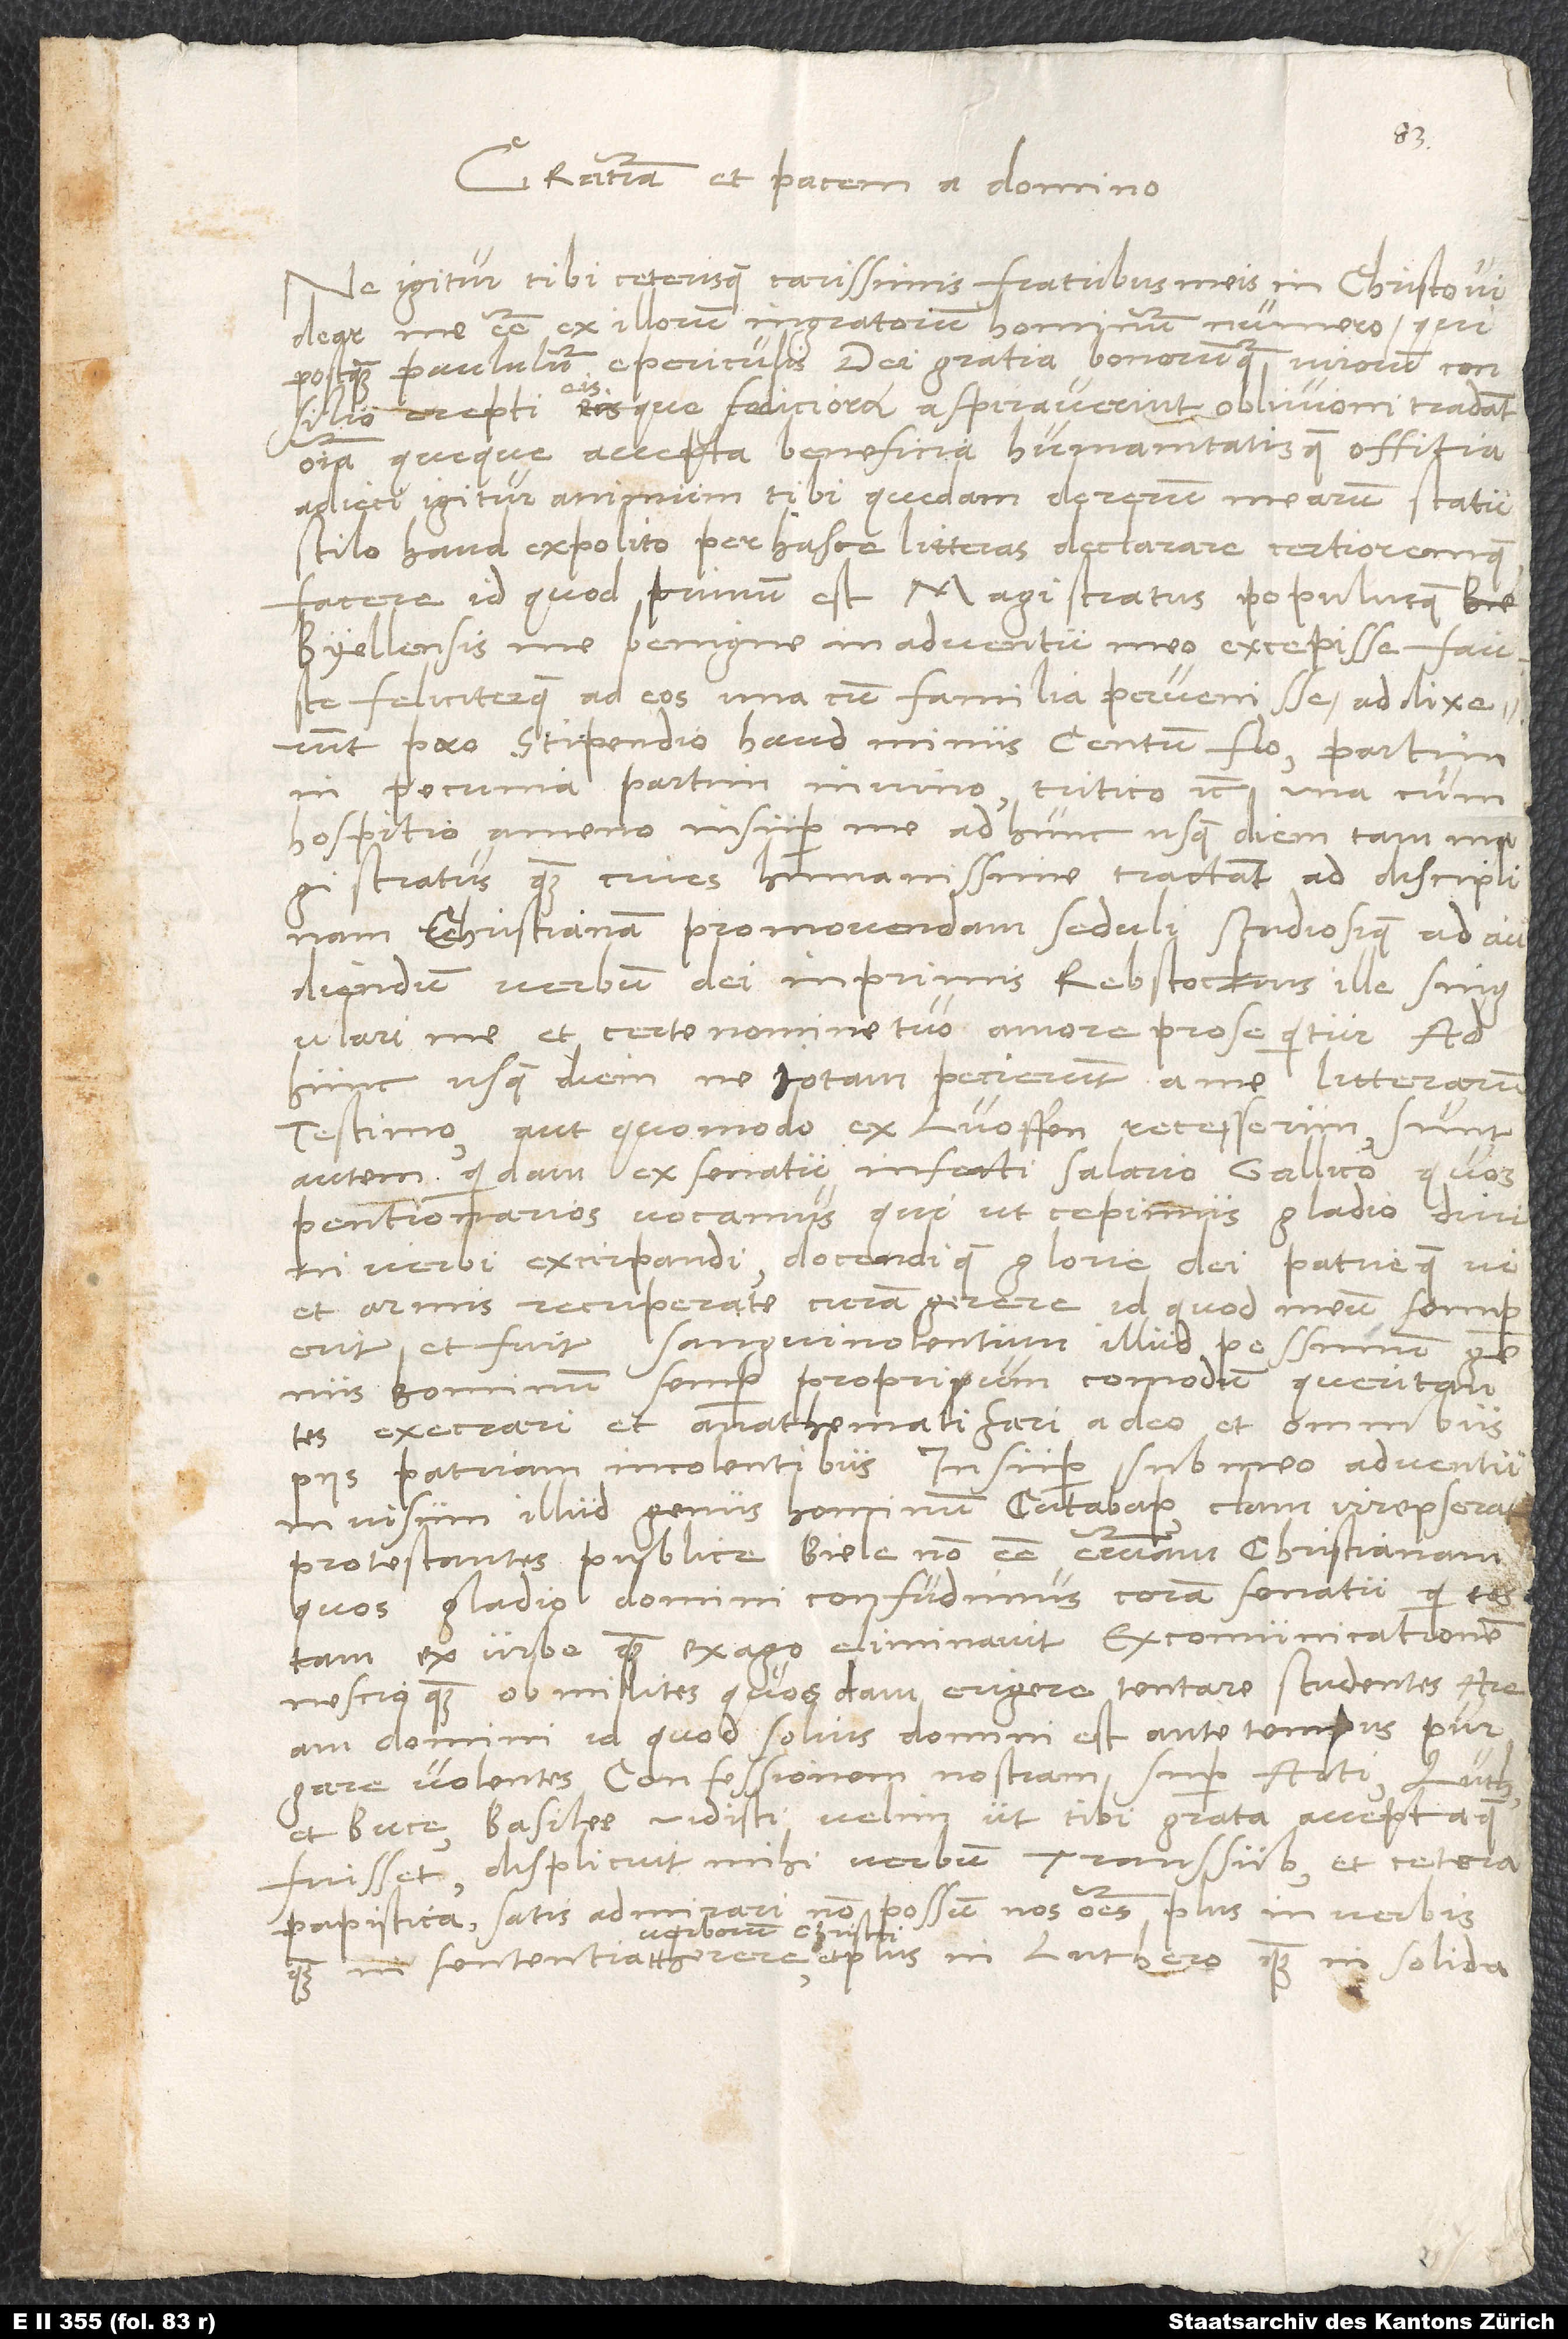
Gratiam et pacem domino.
Ne igitur tibi ceterisque carissimis fratribus meis in Christo videar
me esse ex illorum ingratorum hominum numero, qui,
postquam paululum e periculis dei gratia bonorumque virorum consilio
erepti eisque a foeliciora aspiraverint, oblivioni tradant
omnia queque accepta beneficia humanitatisque offitia,
adieci igitur animum tibi quedam de rerum mearum statu
haud expolito per hasce litteras declarare certioremque
facere. Id quod primum est: Magistratus populusque
Byellensis me benigne in adventu meo excepisse, fauste
feliciterque ad eos una cum familia pervenisse; addixerunt
pro stipendio haud minus centum florenorum, partim
in pecunia partim in vino, tritico etc., una cum
hospitio ameno; insuper me ad hunc usque diem tam magistratus
quam cives humanissime tractant, ad disciplinam
christianam promovendam seduli studiosique ad audiendum
verbum dei; imprimis Rebstockius ille singulari
me et certe nomine tuo amore prosequitur. Ad
hunc usque diem ne iotam pecierunt a me litterarum
testimonialium, aut quomodo ex Luoffen recesserim. Sunt
autem quidam ex senatu infecti salario Gallico, quos
pentionarios vocamus, qui, ut cepimus, gladio divini
verbi excirpandi docendique glorie dei patrieque vi
et armis recuperate, curam gerere. Id quod meum semper
erit et fuit sanguinolentum illud pessimum genus
hominum, semper proprium commodum queritantes,
execrari et anathematizari a deo et omnibus
piis patriam incolentibus. Insuper sub meo adventu
invisum illud genus hominum catabaptistarum clam irrepserat,
protestantes publice Biele non esse ecclesiam christianam.
Quos gladio domini confudimus coram senatu,
tam ex urbe quam ex agro eliminavit, excommunicationem
nescio quam ob milites quosdam erigere tentare studentes, aream
domini, id quod solius domini est, ante tempus purgare
volentes. Confessionem nostram super actiones Lutheri
et Buceri Basileę vidisti; velim ut tibi grata acceptaque
fuisset. Displicuit mihi verbum transsubstantiationis
papistica. Satis admirari non possum, nos omnes plus in verbis
verborum Christi